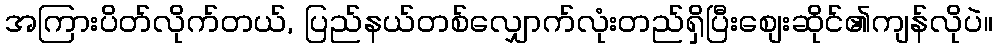
အကြားပိတ်လိုက်တယ်, ပြည်နယ်တစ်လျှောက်လုံးတည်ရှိပြီးစျေးဆိုင်၏ကျန်လိုပဲ။